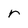
Character: r